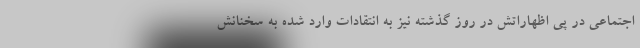
اجتماعی در پی اظهاراتش در روز گذشته نیز به انتقادات وارد شده به سخنانش